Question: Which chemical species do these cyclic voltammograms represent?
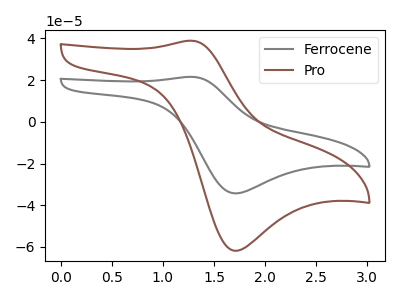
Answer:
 <answer>The gray curve is labeled "Ferrocene". The brown curve is labeled "Pro".</answer>
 <eval></eval>